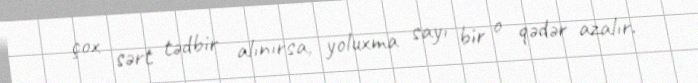
çox sərt tədbir alınırsa, yoluxma sayı bir o qədər azalır.